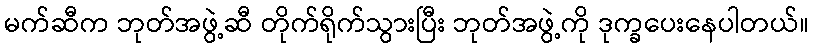
မက်ဆီက ဘုတ်အဖွဲ့ဆီ တိုက်ရိုက်သွားပြီး ဘုတ်အဖွဲ့ကို ဒုက္ခပေးနေပါတယ်။